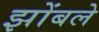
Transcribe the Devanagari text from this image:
झोंबले